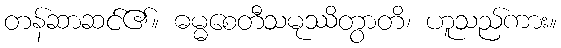
တန်ဆာဆင်၏။ ဓမ္မစေတီသမုဿိတွာတိ၊ ဟူသည်ကား။